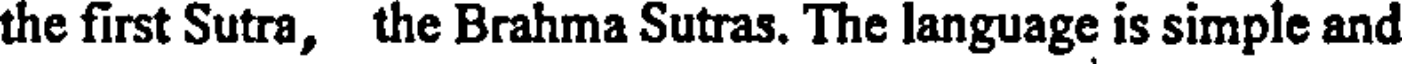
the first Sutra, the Brahma Sutras. The language is simple and